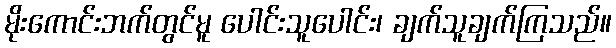
မိုးကောင်းဘက်တွင်မူ ပေါင်းသူပေါင်း၊ ချက်သူချက်ကြသည်။